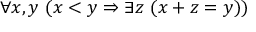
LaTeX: \forall x , y \ ( x < y \Rightarrow \exists z \ ( x + z = y ) )